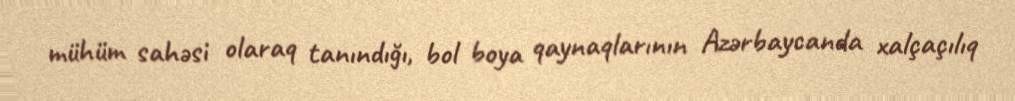
mühüm sahəsi olaraq tanındığı, bol boya qaynaqlarının Azərbaycanda xalçaçılıq